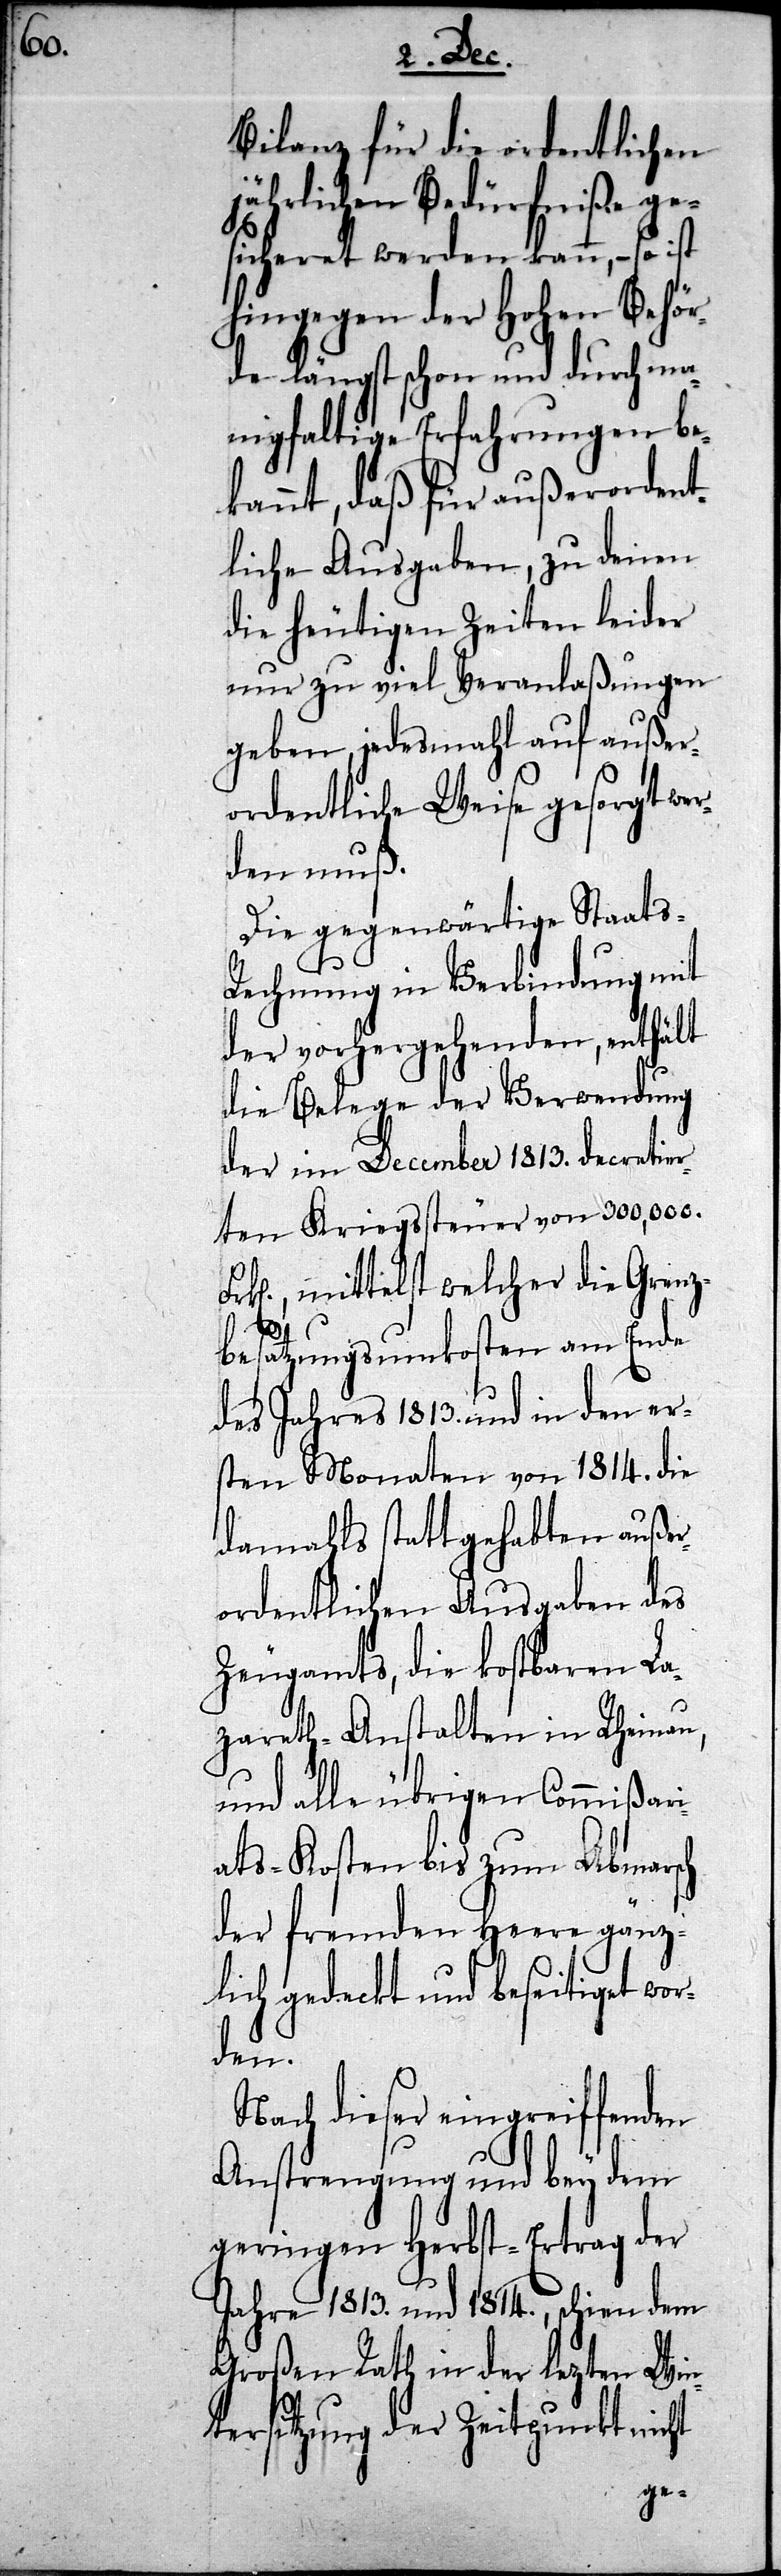
Bilanz für die ordentlichen
jährlichen Bedürfniße ge¬
sicheret werden kann, – so ist
hingegen der Hohen Behör¬
de längst schon und durch ma¬
nigfaltige Erfahrungen be¬
kannt, daß für außerordent¬
liche Ausgaben, zu denen
die heutigen Zeiten leider
nur zu viel Veranlaßungen
geben, jedesmahl auf außer¬
ordentliche Weise gesorgt wer¬
den muß.
Die gegenwärtige Staats-R¬
echnung in Verbindung mit
der vorhergehenden, enthält
die Belege der Verwendung
der im December 1813. decretier¬
ten Kriegssteuer von 300,000.
Frken, mittelst welcher die Grenz¬
besatzungskosten am Ende
des Jahres 1813. und in den er¬
sten Monaten von 1814. die
damals stattgehabten außer¬
ordentlichen Ausgaben des
Zeugamts, die kostbaren La¬
zareth-Anstalten in Rheinau,
und alle übrigen Commißari¬
ats-Kosten bis zum Abmarsch
der fremden Heere gänz¬
lich gedeckt und beseitiget wo¬
rden.
Nach dieser eingreiffenden
Anstrengung und bey dem
geringen Herbst-Ertrag der
Jahre 1813. und 1814., schien dem
Großen Rath in der lezten Win¬
tersitzung der Zeitpunkt nicht